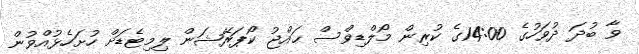
ވާ ބުދަ ދުވަހުގެ 14:00ގެ ކުރިން މޯލްޑިވްސް ޙައްޖު ކޯޕަރޭޝަން ލިމިޓެޑަށް ހުށަހެޅުއްވުން